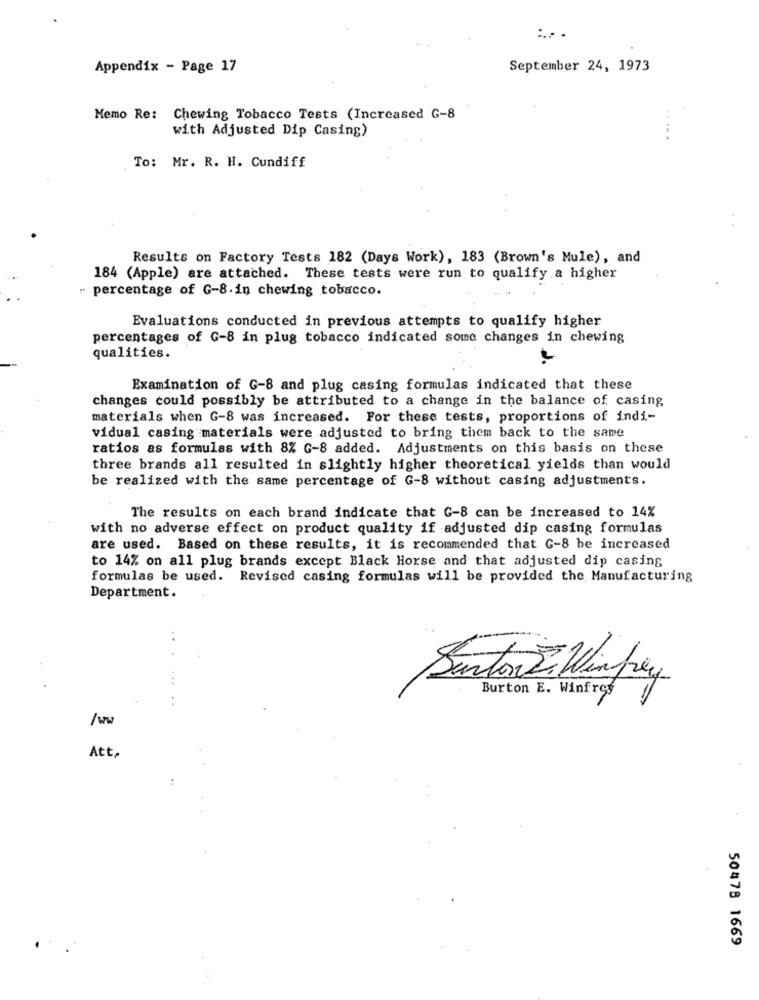
:.. .
Appendix - Page 17
September 24, 1973
Memo Re: Chewing Tobacco Tests (Increased G-8
with Adjusted Dip Casing)
To: Mr. R. H. Cundiff
Results on Factory Tests 182 (Days Work), 183 (Brown's Mule), and
184 (Apple) are attached. These tests were run to qualify a higher
" percentage of G-8.in chewing tobacco.
Evaluations conducted in previous attempts to qualify higher
percentages of G-8 in plug tobacco indicated some changes in chewing
qualities.
Examination of G-8 and plug casing formulas indicated that these
changes could possibly be attributed to a change in the balance of casing
materials when G-8 was increased. For these tests, proportions of indi-
vidual casing materials were adjusted to bring them back to the same
ratios as formulas with 8% G-8 added. Adjustments on this basis on these
three brands all resulted in slightly higher theoretical yields than would
be realized with the same percentage of G-8 without casing adjustments.
The results on each brand indicate that G-8 can be increased to 14%
with no adverse effect on product quality if adjusted dip casing formulas
are used. Based on these results, it is recommended that G-8 be increased
to 14% on all plug brands except Black Horse and that adjusted dip casing
formulas be used. Revised casing formulas will be provided the Manufacturing
Department.
Santon Lillian pey
Burton E. Winfrey
/w
Att,
50478 1669